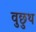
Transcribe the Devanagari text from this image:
वुछुथ